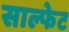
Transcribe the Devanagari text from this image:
साल्फेट